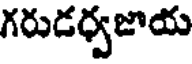
గరుడర్వజాయ